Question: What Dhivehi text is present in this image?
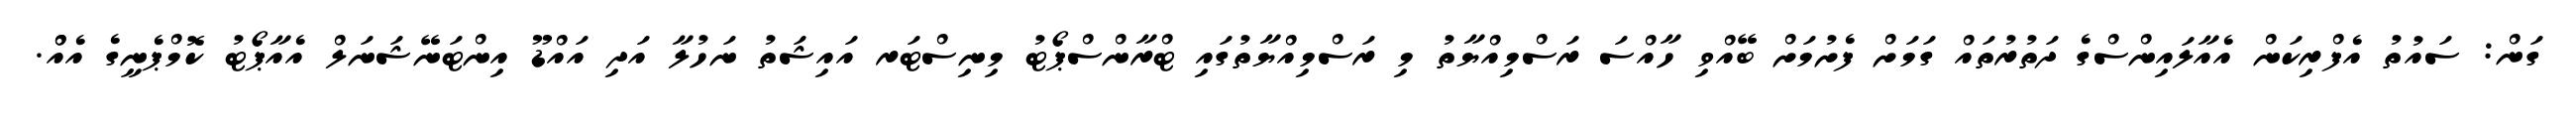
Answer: ގަން: ސައުތު އެފްރިކަން އެއާލައިންސްގެ ދަތުރުތައް ގަމަށް ފެށުމަށް ބޭއްވި ހާއްސަ ރަސްމިއްޔާތު މި ރަސްމިއްޔާތުގައި ޓްރާންސްޕޯޓު މިނިސްޓަރ އައިޝަތު ނަހުލާ އަދި އައްޑޫ އިންޓަނޭޝަނަލް އެއާޕޯޓު ކޮމްޕެނީގެ އެއްް.